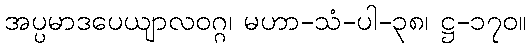
အပ္ပမာဒပေယျာလဝဂ္ဂ၊ မဟာ-သံ-ပါ-၃၈၊ ဋ္ဌ-၁၇၀။